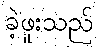
ခဲ့ဖူးသည်